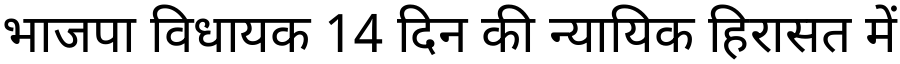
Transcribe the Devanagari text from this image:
भाजपा विधायक 14 दिन की न्यायिक हिरासत में